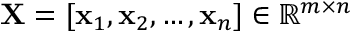
\mathbf { X } = [ \mathbf { x } _ { 1 } , \mathbf { x } _ { 2 } , \ldots , \mathbf { x } _ { n } ] \in \mathbb { R } ^ { m \times n }